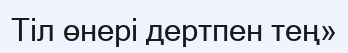
Тіл өнері дертпен тең»